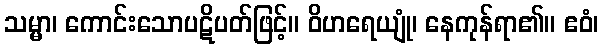
သမ္မာ၊ ကောင်းသောပဋိပတ်ဖြင့်။ ဝိဟရေယျုံ၊ နေကုန်ရာ၏။ ဧဝံ၊